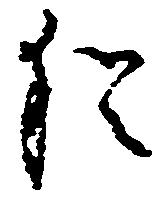
猶